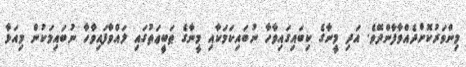
މިންވަރުކޮށްދެއްވާފާންދޭވެ. އަދި މީނާގެ ކިބައިގައިވާހާ ނުބައިކަމަކާއި މީނާގެ ޠަބީޢަތުގައި ލައްވާފައިވާހާ ނުބައިމަކުން މިއަޅާ